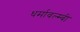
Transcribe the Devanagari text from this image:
धर्मावल्म्बी